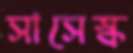
সাসেস্ক